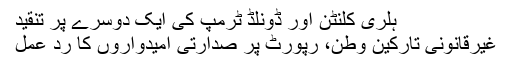
ہلری کلنٹن اور ڈونلڈ ٹرمپ کی ایک دوسرے پر تنقید
غیرقانونی تارکینِ وطن، رپورٹ پر صدارتی امیدواروں کا ردِ عمل